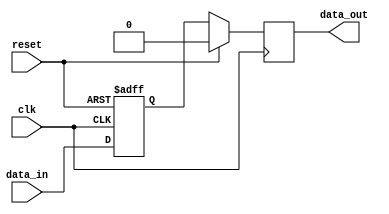
module simple_bypass_reg (
    input wire clk,
    input wire reset,
    input wire data_in,
    output reg data_out
);

reg data_temp;

always @(posedge clk or posedge reset) begin
    if (reset) begin
        data_temp <= 1'b0;
    end else begin
        data_temp <= data_in;
    end
end

always @(posedge clk) begin
    if (reset) begin
        data_out <= 1'b0;
    end else begin
        data_out <= data_temp;
    end
end

endmodule